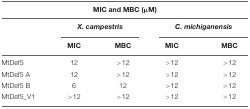
<table><thead><tr><td colspan="5"><b>MIC and MBC (μM)</b></td></tr><tr><td></td><td colspan="2"><b><i>X. campestris</i></b></td><td colspan="2"><b><i>C. michiganensis</i></b></td></tr><tr><td></td><td><b>MIC</b></td><td><b>MBC</b></td><td><b>MIC</b></td><td><b>MBC</b></td></tr></thead><tbody><tr><td>MtDef5</td><td>12</td><td>&gt;12</td><td>&gt;12</td><td>&gt;12</td></tr><tr><td>MtDef5 A</td><td>12</td><td>&gt;12</td><td>&gt;12</td><td>&gt;12</td></tr><tr><td>MtDef5 B</td><td>6</td><td>12</td><td>&gt;12</td><td>&gt;12</td></tr><tr><td>MtDef5_V1</td><td>&gt;12</td><td>&gt;12</td><td>&gt;12</td><td>&gt;12</td></tr></tbody></table>